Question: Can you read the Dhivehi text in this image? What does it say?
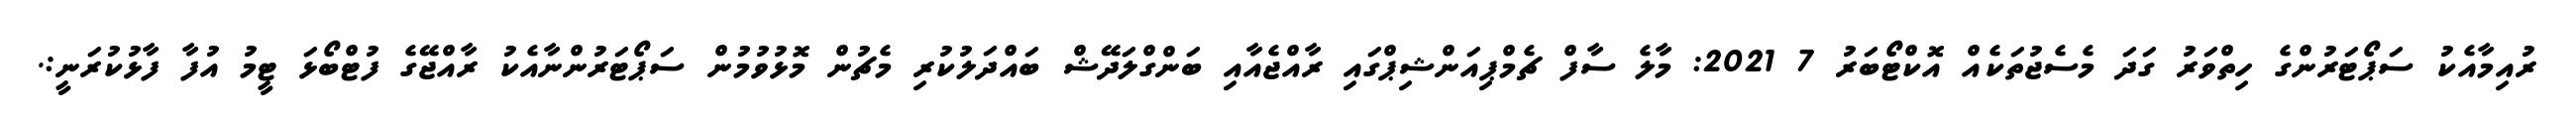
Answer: ރުއިމާއެކު ސަޕޯޓަރުންގެ ހިތްވަރު ގަދަ މެސެޖުތަކެއް އޮކްޓޯބަރު 7 2021: މާލެ ސާފް ޗެމްޕިއަންޝިޕްގައި ރާއްޖެއާއި ބަންގްލަދޭޝް ބައްދަލުކުރި މެޗުން މޮޅުވުމުން ސަޕޯޓަރުންނާއެކު ރާއްޖޭގެ ފުޓްބޯޅަ ޓީމު އުފާ ފާޅުކުރަނީ:.